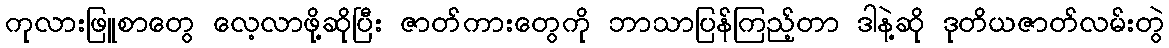
ကုလားဖြူစာတွေ လေ့လာဖို့ဆိုပြီး ဇာတ်ကားတွေကို ဘာသာပြန်ကြည့်တာ ဒါနဲ့ဆို ဒုတိယဇာတ်လမ်းတွဲ